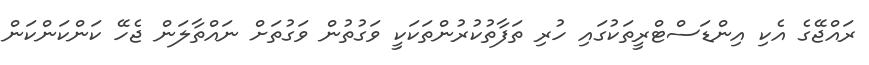
ރައްޖޭގެ އެކި އިންޑަސްޓްރީތަކުގައި ހުރި ތަފާތުކުރުންތަކަކީ ވަގުތުން ވަގުތަށް ނައްތާލަން ޖެހޭ ކަންކަންކަން